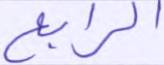
الرابع